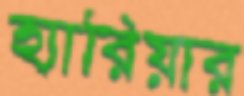
হ্যারিয়ার